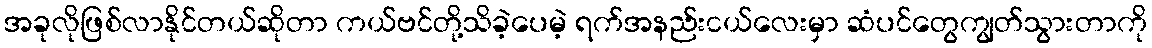
အခုလိုဖြစ်လာနိုင်တယ်ဆိုတာ ကယ်ဗင်တို့သိခဲ့ပေမဲ့ ရက်အနည်းငယ်လေးမှာ ဆံပင်တွေကျွတ်သွားတာကို